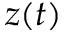
z ( t )